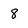
Character: 8